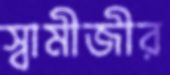
স্বামীজীর